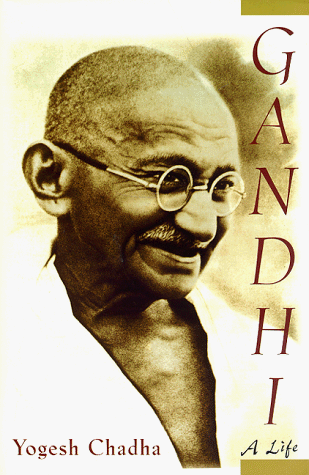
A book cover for Gandhi: A Life; Yogesh Chadha; Religion & Spirituality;